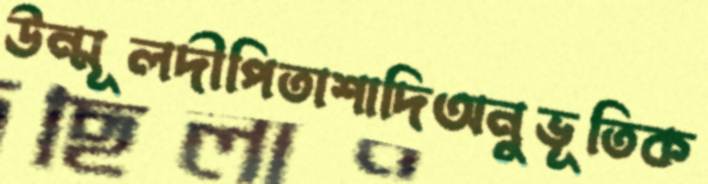
উন্মূলদীপিতাশাদিঅনুভূতিক